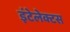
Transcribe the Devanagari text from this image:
इंटेलेक्टस